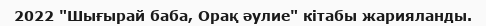
2022 "Шығырай баба, Орақ әулие" кітабы жарияланды.